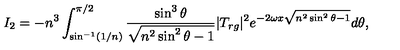
I _ { 2 } = - n ^ { 3 } \int _ { \sin ^ { - 1 } ( 1 / n ) } ^ { \pi / 2 } { \frac { \sin ^ { 3 } \theta } { \sqrt { n ^ { 2 } \sin ^ { 2 } \theta - 1 } } } | T _ { r g } | ^ { 2 } e ^ { - 2 \omega x \sqrt { n ^ { 2 } \sin ^ { 2 } \theta - 1 } } d \theta ,